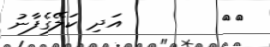
٩٧        އަދި ކަލޭގެފާނު